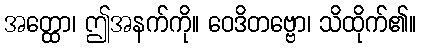
အတ္ထော၊ ဤအနက်ကို။ ဝေဒိတဗ္ဗော၊ သိထိုက်၏။